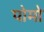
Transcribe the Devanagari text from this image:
पोमो